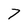
Character: 7